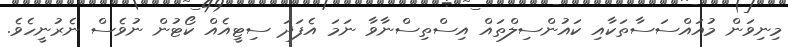
މިނިވަން މުއައްސަސާތަކާއި ކައުންސިލްތައް އިސްތިސްނާވާ ނަމަ އެފަދަ ސިޓީއެއް ކޯޓުން ނުވެސް ނެރުނީހެވެ.